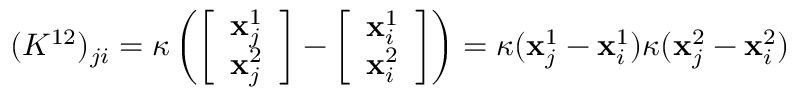
( K ^ { 1 2 } ) _ { j i } = \kappa \left( \left[ \begin{array} { l } { \mathbf { x } _ { j } ^ { 1 } } \\ { \mathbf { x } _ { j } ^ { 2 } } \end{array} \right] - \left[ \begin{array} { l } { \mathbf { x } _ { i } ^ { 1 } } \\ { \mathbf { x } _ { i } ^ { 2 } } \end{array} \right] \right) = \kappa ( \mathbf { x } _ { j } ^ { 1 } - \mathbf { x } _ { i } ^ { 1 } ) \kappa ( \mathbf { x } _ { j } ^ { 2 } - \mathbf { x } _ { i } ^ { 2 } )